Materia medica of Madras volume I
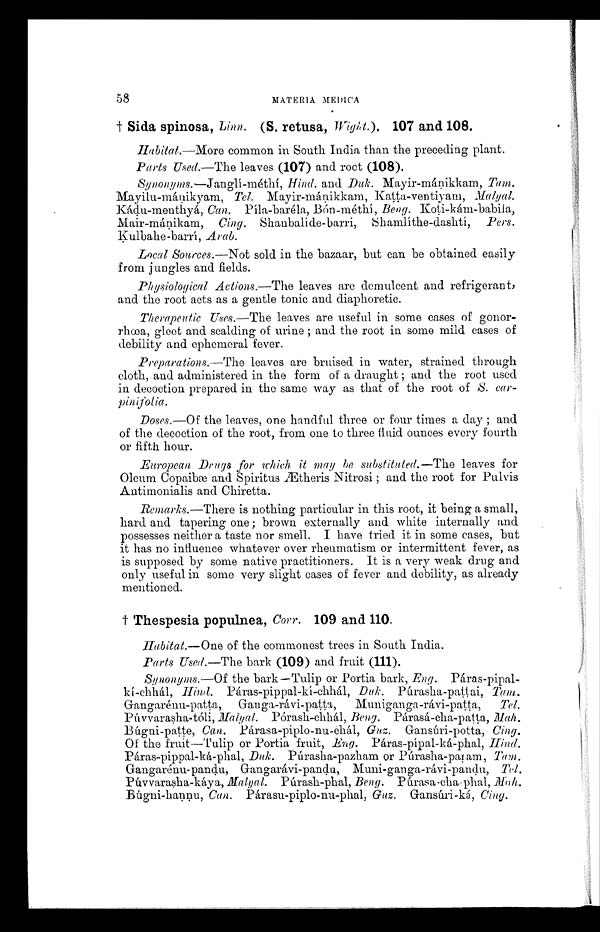
58
MATERIA MEDIC.A
Sida spinosa, Linn. (S. retusa, Wight.). 107 and 108.
Habitat.—More common in South India than the preceding plant.
Parts Used.—The leaves (107) and root (108).
Synonyms.—Janglí-methi, Hind. and Duk. Mayir-mánikkam, Tani.
Mayilu-mánikyam, Tel. Mayir-mánikkam, Latta-ventiyam, Malyal.
Kádu-menthyá, Can. Píla-baréla, Beng. Doti-kam-babifa,
Mair-mánikam, Cling. Shanbalíde-barri, Sh amlíthe-dashtí, Pers.
Kulbahe-barrí, Arab.
Local Sources.—Not sold in the bazaar, but can be obtained easily
from jungles and fields.
Physiological Actions.—The leaves are demulcent and refrigerant,
and the root acts as a gentle tonic and diaphoretic.
Therapeutic Uses.------The leaves are useful in some cases of gonor-
rhoea, gleet and scalding of urine ; and the root in some mild cases of
debility and ephemeral fever.
Preparations.—The leaves are bruised in water, strained through
cloth, and administered in the form of a draught ; and the root used
in decoction prepared in the same way as that of the root of S. car-
Doses.—Of the leaves, one handful three or four times a clay ; and
of the decoction of the root, from one to three fluid ounces every fourth
or fifth hour.
European Drugs for which, it may be substituted.—The leaves for
Oleum Copailæ and Spiritus Ætheris Nitrosi ; and the root for Pulvis
Antimonialis and Chiretta.
Remarks.—There is nothing particular in this root, it being a small,
hard and tapering one; brown externally and white internally and
possesses neither a taste nor smell. I have tried it in some cases, but
it has no influence whatever over rheumatism or intermittent fever, as
is supposed by some native practitioners. It is a very weak drug and
only useful in some very slight eases of fever and debility, as already
mentioned.
t Thespesia populnea, Corr. 109 and 110.
Habitat.—One of the commonest trees in South India.
Parts Used.—The bark (109) and fruit (111).
Synonyms.--0f the bark—Tulip or Portia bark, Eng.
P á r a s - p i p a l - k í - c h h á l ,
H i n d .
P á r a s - p i p p a l - k í - c h h á l ,
D u k . P ú
r a s h a - p a t t a i ,
T a n i .
Gangarénu-patta, Ganga-rávi-patta, Muniganga-rávi-patta, Tel.
Púvvarasha-tóli,Malyal. Pórash-chhál, Beng. Párasá-cha-patta, Mah.
Búgni-patte, Can. Párasa-piplo-nu-chál, Gut. Gansúri-potta, Cing.
Of the fruit--Tulip or Portia fruit, Eng. Páras-pípal-ká-phal, Hind.
Páras-pippal-ká-phal, Duk. Púrasha-pazham or P Púrasha-palam, Tam.
Gangarénu- pandu, Gan Gangarávi- pand u Mimi-gar) ganga-rávi-pandu, Tel.
Púvvarasha-káya, Malyal Púrash-phal, Beng. P Púrasa -cha-phal, Mah.
Búgni-hannu, Can. Párasu-piplo-nu-phal, Gus. Gansúri-ká, Cing.